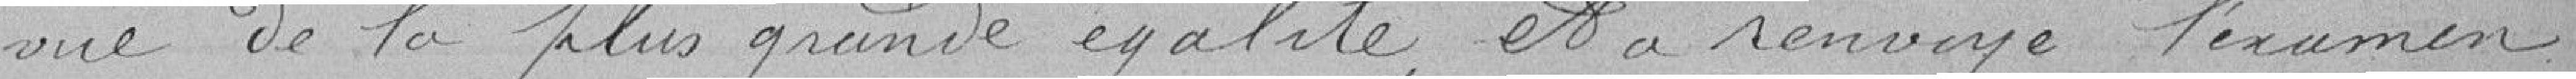
vue de la plus grande égalité, et a renvoyé l'examen